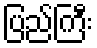
ပြည်ကြီး